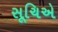
સૂચિએ